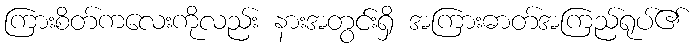
ကြားစိတ်ကလေးကိုလည်း နားအတွင်းရှိ အကြားဓာတ်အကြည်ရုပ်၏